Civil Veterinary Department Bihar reports 1936-40 - 1936-1940
Year: 1936
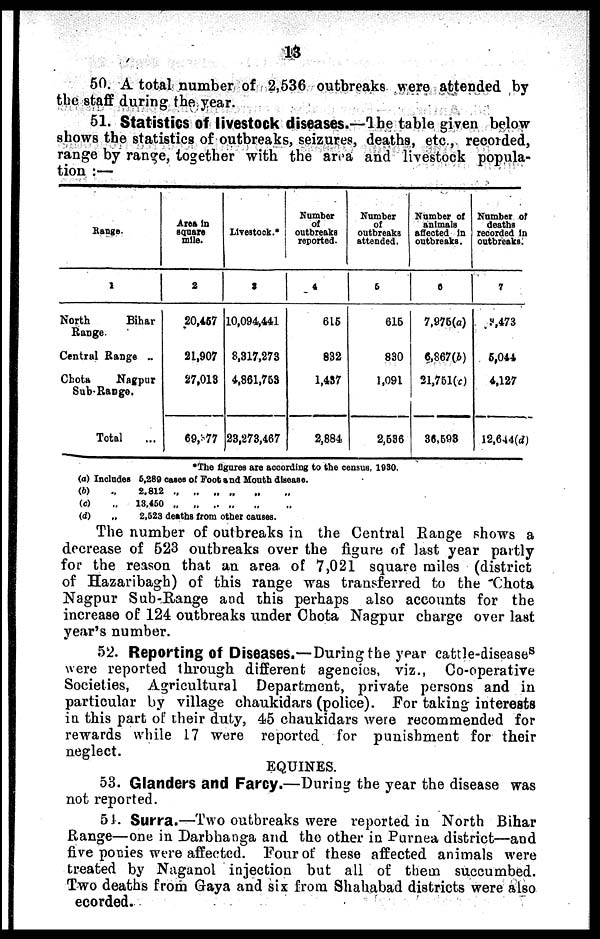
13
50. A total number of 2,536 outbreaks were attended by
the staff during the year.
51. Statistics of livestock diseases.—The table given below
shows the statistics of outbreaks, seizures, deaths, etc., recorded,
range by range, together with the area and livestock popula-
tion:—
Range.
1
North
Bihar
Range
Central Range ..
Chota
Nagpur
Sub-Range.
Total ...
Area in
square
mile.
2
20,457
21,907
27,013
69,977
Livestock.*
3
10,094,441
8,317,273
4,861,753
23,273,467
Number
of
outbreaks
reported.
4
615
832
1,437
2,884
Number
of
outbreaks
attended.
5
616
830
1,091
2,536
Number of
animals
affected in
outbreaks.
6
7,975(a)
6,867(b)
21,751(c)
36,593
Number of
deaths
recorded in
outbreaks.
7
3,473
5,044
4,127
12,644(d)
*The figures are according to the census, 1930.
(a) Includes
(b) „
(c) „
(d) „
5,289 cases of Foot and Mouth disease.
2,812 „ „ „ „ „ „
13,450 „ „ „ „ „ „
2,523 deaths from other causes.
The number of outbreaks in the Central Range shows a
decrease of 523 outbreaks over the figure of last year partly
for the reason that an area of 7,021 square miles (district
of Hazaribagh) of this range was transferred to the Chota
Nagpur Sub-Range and this perhaps also accounts for the
increase of 124 outbreaks under Chota Nagpur charge over last
year's number.
52. Reporting of Diseases.—During the year cattle-diseases
were reported through different agencies, viz., Co-operative
Societies, Agricultural Department, private persons and in
particular by village chaukidars (police). For taking interests
in this part of their duty, 45 chaukidars were recommended for
rewards while 17 were reported for punishment for their
neglect.
EQUINES.
53. Glanders and Farcy.—During the year the disease was
not reported.
54. Surra.—Two outbreaks were reported in North Bihar
Range—one in Darbhanga and the other in Purnea district—and
five ponies were affected. Four of these affected animals were
treated by Naganol injection but all of them succumbed.
Two deaths from Gaya and six from Shahabad districts were also
ecorded.